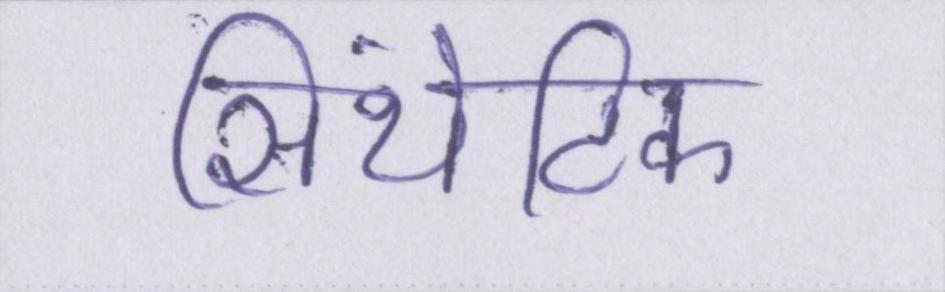
सिंथेटिक